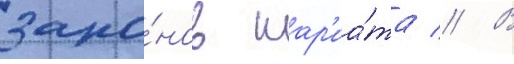
зако́нов шар'иа́та // В